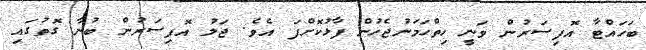
ބަހައްޓާ އޮފިސަރުން ވަނީ ހިތްހަމަނުޖެހުން ފާޅުކޮށްފަ އެވެ. ޖަލު އޮފިސަރުން ބުނާ ގޮތުގައި